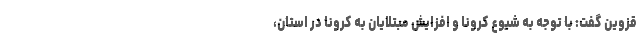
قزوین گفت: با توجه به شیوع کرونا و افزایش مبتلایان به کرونا در استان،